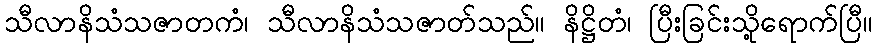
သီလာနိသံသဇာတကံ၊ သီလာနိသံသဇာတ်သည်။ နိဋ္ဌိတံ၊ ပြီးခြင်းသို့ရောက်ပြီ။